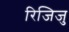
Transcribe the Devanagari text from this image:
रिजिजु